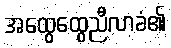
အထွေထွေညီလာခံ၏